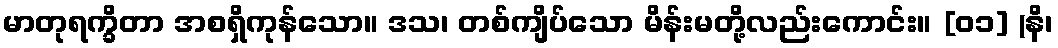
မာတုရက္ခိတာ အစရှိကုန်သော။ ဒသ၊ တစ်ကျိပ်သော မိန်းမတို့လည်းကောင်း။ [၀၁] (နိ၊